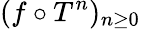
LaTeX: (f\circ T^{n})_{n\geq 0}